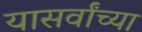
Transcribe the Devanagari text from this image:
यासर्वांच्या